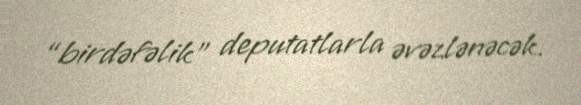
“birdəfəlik” deputatlarla əvəzlənəcək.